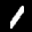
Label: 1